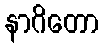
နာဂိတော